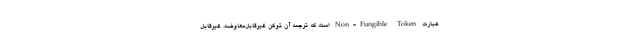
عبارت Non-Fungible Token است که ترجمه آن توکن غیرقابل‌معاوضه، غیرقابل